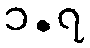
၁.၇